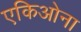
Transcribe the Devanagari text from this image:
एकिओना